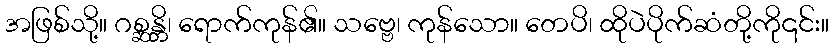
အဖြစ်သို့။ ဂစ္ဆန္တိ၊ ရောက်ကုန်၏။ သဗ္ဗေ၊ ကုန်သော။ တေပိ၊ ထိုပဲပိုက်ဆံတို့ကို၎င်း။